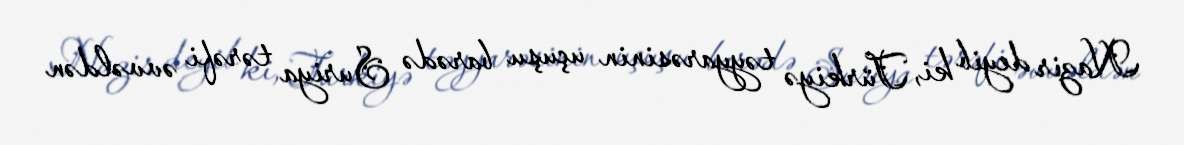
Nazir deyib ki, Türkiyə təyyarəsinin uçuşu barədə Suriya tərəfi əvvəldən